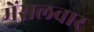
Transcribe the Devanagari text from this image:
मेंसलवार